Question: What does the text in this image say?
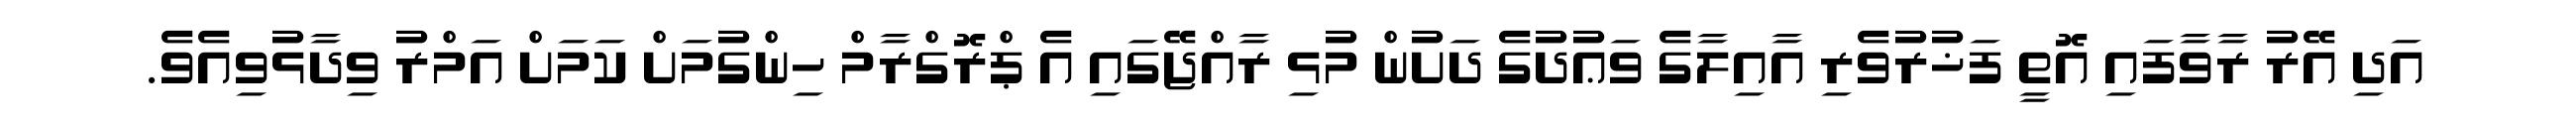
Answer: އަދި އޭރު ރާވާފައި އޮތީ ފަޚުރުވެރި އާއިލާގެ ވަޢުދުގެ ދަށުން މުޅި ރާއްޖޭގައި އެ ޕްރޮގްރާމް ހިންގުމަށް ކަމަށް އަމްރު ވިދާޅުވިއެވެ.